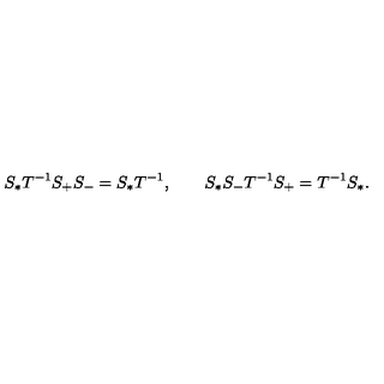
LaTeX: S _ { * } T ^ { - 1 } S _ { + } S _ { - } = S _ { * } T ^ { - 1 } , \qquad S _ { * } S _ { - } T ^ { - 1 } S _ { + } = T ^ { - 1 } S _ { * } .